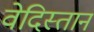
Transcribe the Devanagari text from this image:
वेदिस्तान